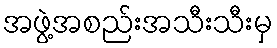
အဖွဲ့အစည်းအသီးသီးမှ